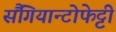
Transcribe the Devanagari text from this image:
सैंगियान्टोफेट्टी